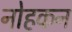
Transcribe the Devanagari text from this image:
नोहकन